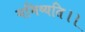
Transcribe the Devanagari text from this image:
गमिष्यति।।